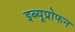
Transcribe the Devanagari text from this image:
इब्यूप्रोफन